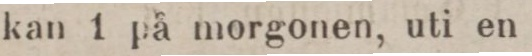
kan 1 på morgonen, uti en